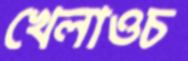
খেলাওচ